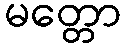
မတ္တော